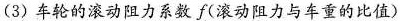
(3) 车轮的滚动阻力系数 f (滚动阻力与车重的比值)